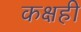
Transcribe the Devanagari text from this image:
कक्षही